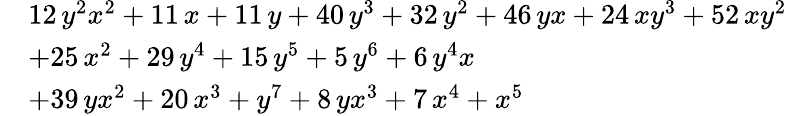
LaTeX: {\begin{array}{rl}&{12\, {y}^{2}{x}^{2}+11\, x+11\, y+40\, {y}^{3}+32\, {y}^{2}+46\, yx+24\, x{y}^{3}+52\, x{y}^{2}}\\ &{+25\, {x}^{2}+29\, {y}^{4}+15\, {y}^{5}+5\, {y}^{6}+6\, {y}^{4}x}\\ &{+39\, y{x}^{2}+20\, {x}^{3}+{y}^{7}+8\, y{x}^{3}+7\, {x}^{4}+{x}^{5}}\end{array}}